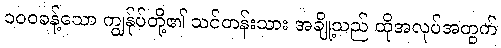
၁၀၀ခန့်သော ကျွန်ုပ်တို့၏ သင်တန်းသား အချို့သည် ထိုအလုပ်အတွက်